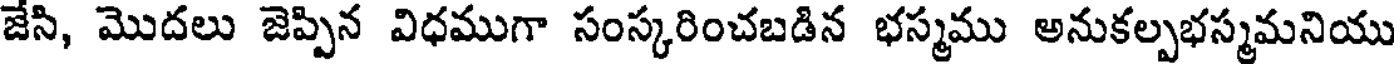
జేసి, మొదలు జెప్పిన విధముగా సంస్కరించబడిన భస్మము అనుకల్పభస్మమనియు